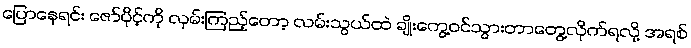
ပြောနေရင်း ဇော်ပိုင့်ကို လှမ်းကြည့်တော့ လမ်းသွယ်ထဲ ချိုးကွေ့ဝင်သွားတာတွေ့လိုက်ရလို့ အရစ်